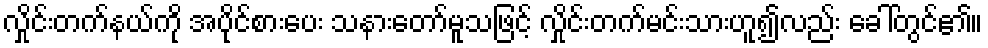
လှိုင်းတက်နယ်ကို အပိုင်စားပေး သနားတော်မူသဖြင့် လှိုင်းတက်မင်းသားဟူ၍လည်း ခေါ်တွင်၏။